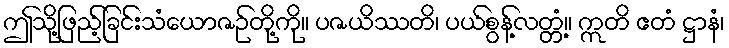
ဤသို့ဖြည့်ခြင်းသံယောဇဉ်တို့ကို။ ပဇယိဿတိ၊ ပယ်စွန့်လတ္တံ့။ ဣတိ ဧတံ ဋ္ဌာနံ၊